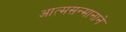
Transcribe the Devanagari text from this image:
आत्मसन्मानाने